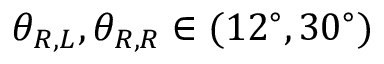
{ \theta _ { R , L } } , { \theta _ { R , R } } \in ( 1 2 ^ { \circ } , 3 0 ^ { \circ } )